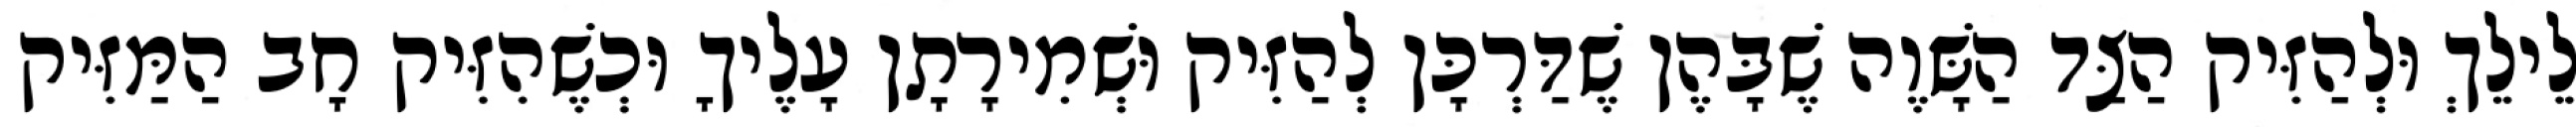
לֵילֵךְ וּלְהַזִּיק הַצַּד הַשָּׁוֶה שֶׁבָּהֶן שֶׁדַּרְכָּן לְהַזִּיק וּשְׁמִירָתָן עָלֶיךָ וּכְשֶׁהִזִּיק חָב הַמַּזִּיק